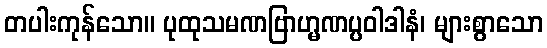
တပါးကုန်သော။ ပုထုသမဏဗြာဟ္မဏပ္ပဝါဒါနံ၊ များစွာသော